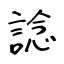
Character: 諗